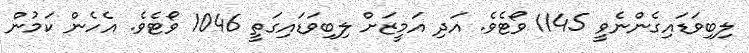
ލިބިވަޑައިގެންނެވީ 1145 ވޯޓެވެ. އަދި އަމީޒަށް ލިބިވަޑައިގަތީ 1046 ވޯޓެވެ. އެހެން ކަމުން